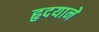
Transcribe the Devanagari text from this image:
हृदयाने